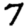
Digit: 7